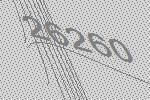
26260